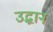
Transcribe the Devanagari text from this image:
उद्धान